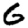
Digit: 6